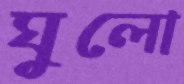
ঘুলো